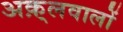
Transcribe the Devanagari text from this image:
अक़्लवालों